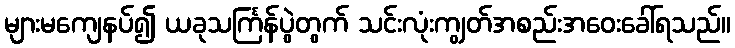
များမကျေနပ်၍ ယခုသင်္ကြန်ပွဲတွက် သင်းလုံးကျွတ်အစည်းအဝေးခေါ်ရသည်။